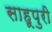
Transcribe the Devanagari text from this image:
साहूपुरी